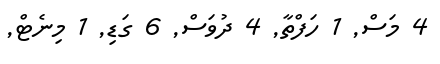
4 މަސް